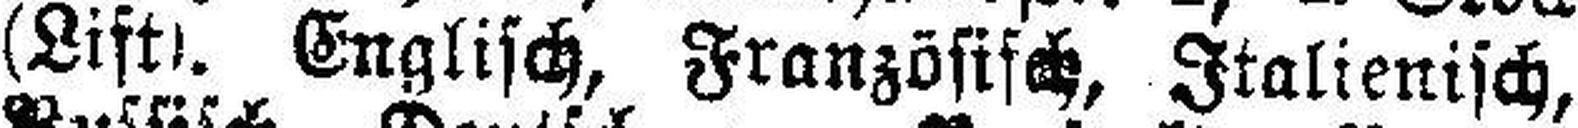
(Liftl. Englisch, Französisch, Italienisch,